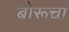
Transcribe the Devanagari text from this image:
बोरूचा